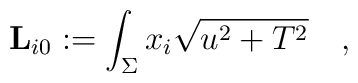
{\bf L}_{i0} := \int_{\Sigma} x_i\sqrt{u^2+T^2} \quad ,